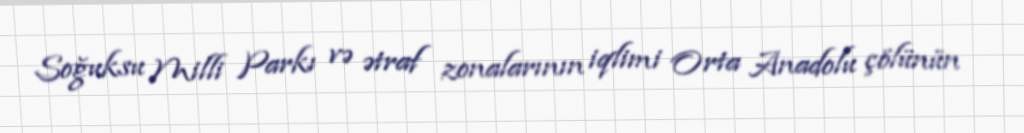
Soğuksu Milli Parkı və ətraf zonalarının iqlimi Orta Anadolu çölünün